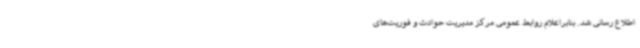
اطلاع رسانی شد. بنابراعلام روابط عمومی مرکز مدیریت حوادث و فوریت‌های